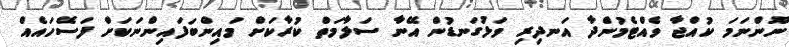
ނޫންނަމަ ކުއްޖާ ވެއްޓެމުންދާ އަނދިރި ވަޅުގަނޑުން އޭނާ ސަލާމަތް ކުރާކަށް މައިންބަފައިންނަކަށް ފަސޭހައެއް